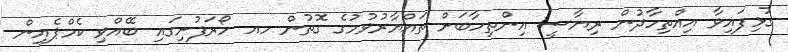
ގުޅިފައިވާ އިއްތިހާދުން ރިޔާސީ އިންތިހާބަށް ތައްޔާރުވުމުގެ ގޮތުން ހއ ހޯރަފުށިގައި ބޭއްވި ކެމްޕެއިން